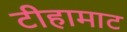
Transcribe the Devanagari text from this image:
टीहामाट